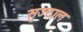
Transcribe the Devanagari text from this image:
सुज्दाल